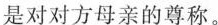
是对对方母亲的尊称。